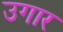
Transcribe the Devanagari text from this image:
उगार